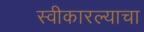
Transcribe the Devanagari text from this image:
स्वीकारल्याचा